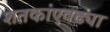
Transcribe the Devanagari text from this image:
शतकांएवढ्या